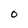
Character: 0